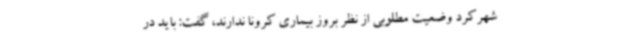
شهرکرد وضعیت مطلوبی از نظر بروز بیماری کرونا ندارند، گفت: باید در